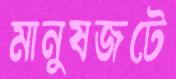
মানুষজটে